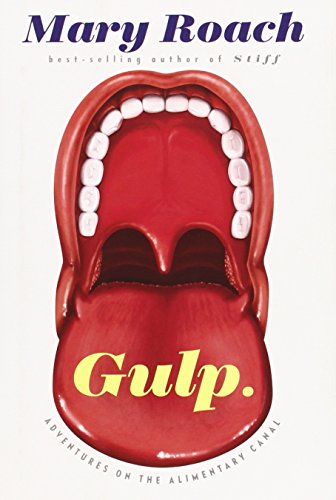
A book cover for Gulp: Adventures on the Alimentary Canal; Mary Roach; Politics & Social Sciences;